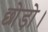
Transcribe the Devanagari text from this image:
छोड़ो।